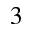
3